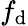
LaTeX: f_{\mathrm{d}}